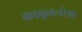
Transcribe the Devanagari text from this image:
काबुलनरेश